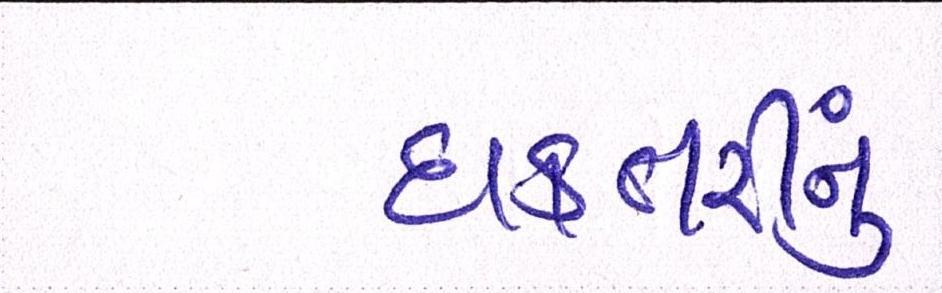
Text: દાક્તરીનું